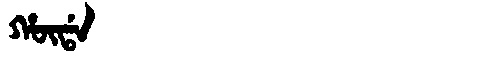
Manchu: ᡥᡡᡩᠠ
Romanization: HŪDA